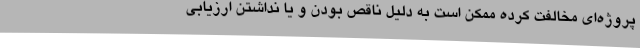
پروژه‌ای مخالفت کرده ممکن است به دلیل ناقص بودن و یا نداشتن ارزیابی